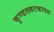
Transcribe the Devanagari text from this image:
कुण्डलकटकादयः